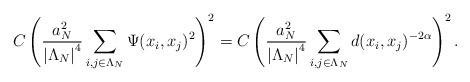
\begin{align*}C \left(\frac{ a_{ N}^{ 2}}{ \left\vert \Lambda_{ N} \right\vert^{ 4}} \sum_{ i, j\in \Lambda_{ N}}\Psi(x_{ i}, x_{ j})^{ 2}\right)^{ 2}= C \left(\frac{ a_{ N}^{ 2}}{ \left\vert \Lambda_{ N} \right\vert^{ 4}} \sum_{ i, j\in \Lambda_{ N}} d(x_{ i}, x_{ j})^{ -2\alpha}\right)^{ 2}.\end{align*}